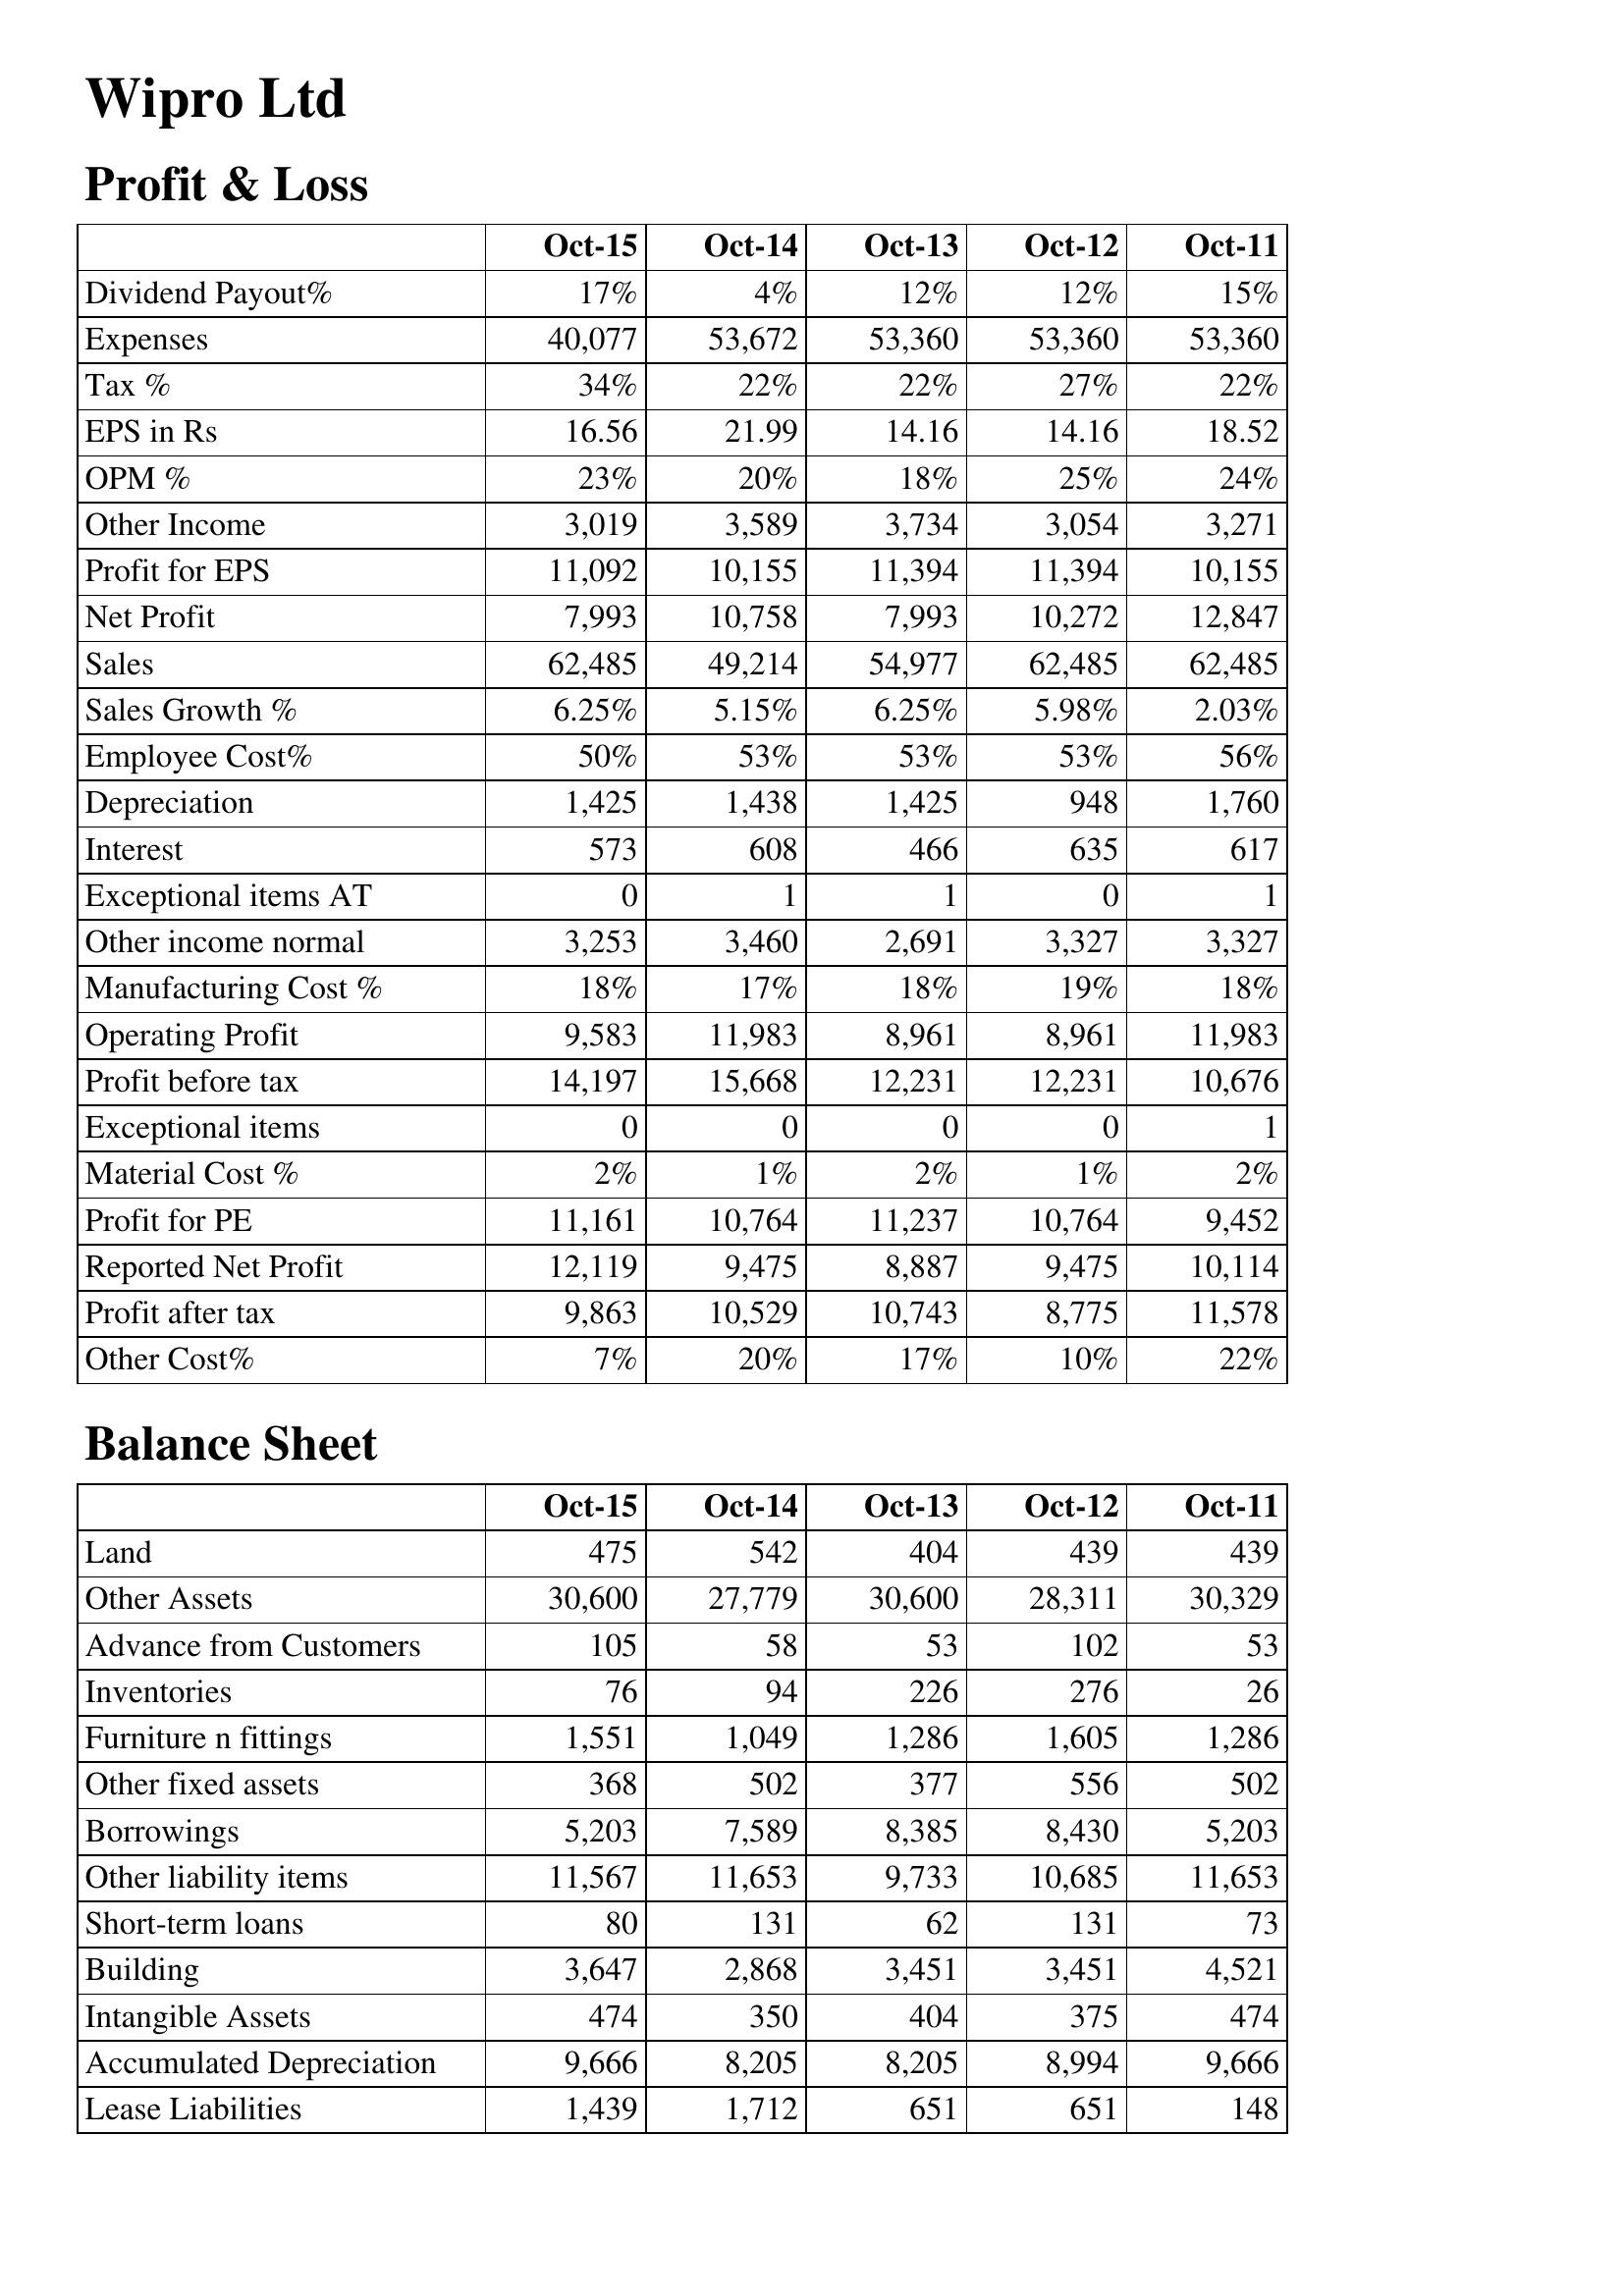
Oct-15: Profit & Loss: Dividend Payout%: 17%
Expenses: 40,077
Tax %: 34%
EPS in Rs: 16.56
OPM %: 23%
Other Income: 3,019
Profit for EPS: 11,092
Net Profit: 7,993
Sales: 62,485
Sales Growth %: 6.25%
Employee Cost%: 50%
Depreciation: 1,425
Interest: 573
Exceptional items AT: 0
Other income normal: 3,253
Manufacturing Cost %: 18%
Operating Profit: 9,583
Profit before tax: 14,197
Exceptional items: 0
Material Cost %: 2%
Profit for PE: 11,161
Reported Net Profit: 12,119
Profit after tax: 9,863
Other Cost%: 7%
Balance Sheet: Land: 475
Other Assets: 30,600
Advance from Customers: 105
Inventories: 76
Furniture n fittings: 1,551
Other fixed assets: 368
Borrowings: 5,203
Other liability items: 11,567
Short-term loans: 80
Building: 3,647
Intangible Assets: 474
Accumulated Depreciation: 9,666
Lease Liabilities: 1,439
Oct-14: Profit & Loss: Dividend Payout%: 4%
Expenses: 53,672
Tax %: 22%
EPS in Rs: 21.99
OPM %: 20%
Other Income: 3,589
Profit for EPS: 10,155
Net Profit: 10,758
Sales: 49,214
Sales Growth %: 5.15%
Employee Cost%: 53%
Depreciation: 1,438
Interest: 608
Exceptional items AT: 1
Other income normal: 3,460
Manufacturing Cost %: 17%
Operating Profit: 11,983
Profit before tax: 15,668
Exceptional items: 0
Material Cost %: 1%
Profit for PE: 10,764
Reported Net Profit: 9,475
Profit after tax: 10,529
Other Cost%: 20%
Balance Sheet: Land: 542
Other Assets: 27,779
Advance from Customers: 58
Inventories: 94
Furniture n fittings: 1,049
Other fixed assets: 502
Borrowings: 7,589
Other liability items: 11,653
Short-term loans: 131
Building: 2,868
Intangible Assets: 350
Accumulated Depreciation: 8,205
Lease Liabilities: 1,712
Oct-13: Profit & Loss: Dividend Payout%: 12%
Expenses: 53,360
Tax %: 22%
EPS in Rs: 14.16
OPM %: 18%
Other Income: 3,734
Profit for EPS: 11,394
Net Profit: 7,993
Sales: 54,977
Sales Growth %: 6.25%
Employee Cost%: 53%
Depreciation: 1,425
Interest: 466
Exceptional items AT: 1
Other income normal: 2,691
Manufacturing Cost %: 18%
Operating Profit: 8,961
Profit before tax: 12,231
Exceptional items: 0
Material Cost %: 2%
Profit for PE: 11,237
Reported Net Profit: 8,887
Profit after tax: 10,743
Other Cost%: 17%
Balance Sheet: Land: 404
Other Assets: 30,600
Advance from Customers: 53
Inventories: 226
Furniture n fittings: 1,286
Other fixed assets: 377
Borrowings: 8,385
Other liability items: 9,733
Short-term loans: 62
Building: 3,451
Intangible Assets: 404
Accumulated Depreciation: 8,205
Lease Liabilities: 651
Oct-12: Profit & Loss: Dividend Payout%: 12%
Expenses: 53,360
Tax %: 27%
EPS in Rs: 14.16
OPM %: 25%
Other Income: 3,054
Profit for EPS: 11,394
Net Profit: 10,272
Sales: 62,485
Sales Growth %: 5.98%
Employee Cost%: 53%
Depreciation: 948
Interest: 635
Exceptional items AT: 0
Other income normal: 3,327
Manufacturing Cost %: 19%
Operating Profit: 8,961
Profit before tax: 12,231
Exceptional items: 0
Material Cost %: 1%
Profit for PE: 10,764
Reported Net Profit: 9,475
Profit after tax: 8,775
Other Cost%: 10%
Balance Sheet: Land: 439
Other Assets: 28,311
Advance from Customers: 102
Inventories: 276
Furniture n fittings: 1,605
Other fixed assets: 556
Borrowings: 8,430
Other liability items: 10,685
Short-term loans: 131
Building: 3,451
Intangible Assets: 375
Accumulated Depreciation: 8,994
Lease Liabilities: 651
Oct-11: Profit & Loss: Dividend Payout%: 15%
Expenses: 53,360
Tax %: 22%
EPS in Rs: 18.52
OPM %: 24%
Other Income: 3,271
Profit for EPS: 10,155
Net Profit: 12,847
Sales: 62,485
Sales Growth %: 2.03%
Employee Cost%: 56%
Depreciation: 1,760
Interest: 617
Exceptional items AT: 1
Other income normal: 3,327
Manufacturing Cost %: 18%
Operating Profit: 11,983
Profit before tax: 10,676
Exceptional items: 1
Material Cost %: 2%
Profit for PE: 9,452
Reported Net Profit: 10,114
Profit after tax: 11,578
Other Cost%: 22%
Balance Sheet: Land: 439
Other Assets: 30,329
Advance from Customers: 53
Inventories: 26
Furniture n fittings: 1,286
Other fixed assets: 502
Borrowings: 5,203
Other liability items: 11,653
Short-term loans: 73
Building: 4,521
Intangible Assets: 474
Accumulated Depreciation: 9,666
Lease Liabilities: 148